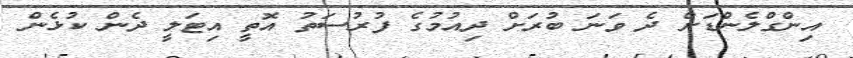
އިންގްލެންޑަށް ދެ ވަނަ ބުރަށް ދިއުމުގެ ފުރުސަތު އޮތީ އިޓަލީ ދެން ކުޅެން